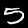
Digit: 5